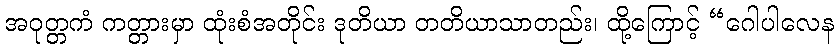
အဝုတ္တကံ ကတ္တားမှာ ထုံးစံအတိုင်း ဒုတိယာ တတိယာသာတည်း၊ ထို့ကြောင့် “ဂေါပါလေန